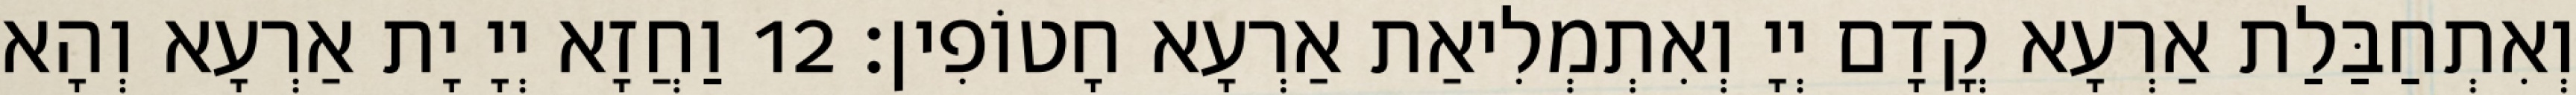
וְאִתְחַבַּלַת אַרְעָא קֳדָם יְיָ וְאִתְמְלִיאַת אַרְעָא חָטוֹפִין׃ 12 וַחֲזָא יְיָ יָת אַרְעָא וְהָא